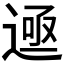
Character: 𬨲